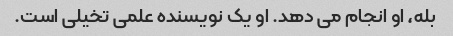
بله، او انجام می دهد. او یک نویسنده علمی تخیلی است.